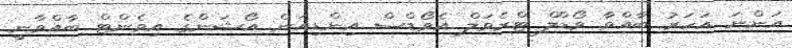
އަންނަ އަހަރު ބާއްވާ ވޯޑްލް ޓްރެވަލް އެވޯޑްސް އިންޑިއަން އޯޝަންގެ އިވެންޓް ބާއްވާނީ